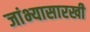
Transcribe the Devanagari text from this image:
जांभ्यासारखी